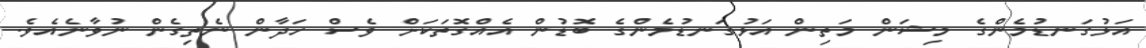
އަޅުގަނޑުމެންގެ މިޝަން މަތިން އަޅުގަނޑުމެންގެ ބޮޑުން އެއްގޮތަކަށް ވެސް ހަދާން ނެތިގެން ނުވާނެއެވެ.